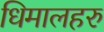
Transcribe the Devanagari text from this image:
धिमालहरु